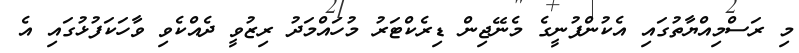
މި ރަސްމިއްޔާތުގައި އެކުންފުނީގެ މެނޭޖިން ޑިރެކްޓަރު މުހައްމަދު ރިޒުވީ ދެއްކެވި ވާހަކަފުޅުގައި އެ